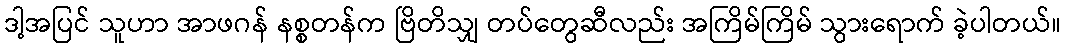
ဒါ့အပြင် သူဟာ အာဖဂန် နစ္စတန်က ဗြိတိသျှ တပ်တွေဆီလည်း အကြိမ်ကြိမ် သွားရောက် ခဲ့ပါတယ်။